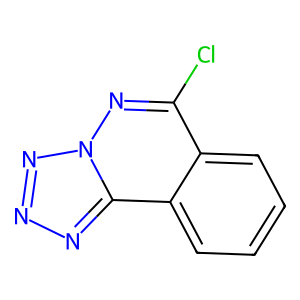
SMILES: Clc1nn2nnnc2c2ccccc12
Inhibits HIV replication: No